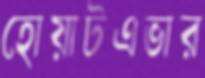
হোয়াটএভার